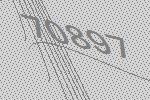
70897